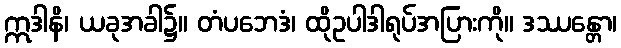
ဣဒါနိ၊ ယခုအခါ၌။ တံပဘေဒံ၊ ထိုဥပါဒါရုပ်အပြားကို။ ဒဿန္တော၊